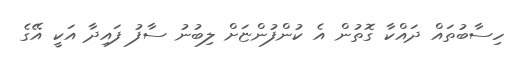
ހިސާބުތައް ދައްކާ ގޮތުން އެ ކުންފުންޏަށް ލިބުނު ސާފު ފައިދާ އަކީ އޭގެ